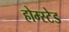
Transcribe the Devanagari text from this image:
होम्स्टेड